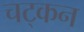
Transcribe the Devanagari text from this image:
चट्कन